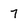
Character: 7